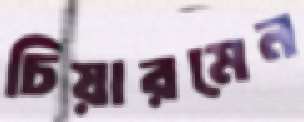
চিয়ারমেন